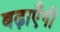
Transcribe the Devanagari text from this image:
बढ़ाएँगी